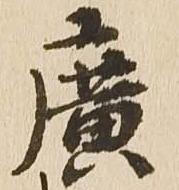
広